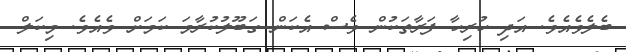
ބެލެވެއެވެ. އަދި ހުރިހާ ފަރާތަކުން ވެސް އެކަން ގަބޫލުކުރާމަ ކަމަށް ވެއެވެ. މިކަލް